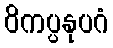
ဝိကပ္ပနုပဂံ